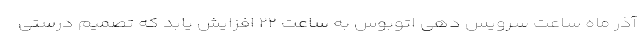
آذر ماه ساعت سرویس دهی اتوبوس به ساعت ۲۲ افزایش یابد که تصمیم درستی